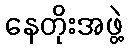
နေတိုးအဖွဲ့